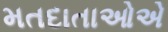
મતદાતાઓએ